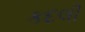
કદલી